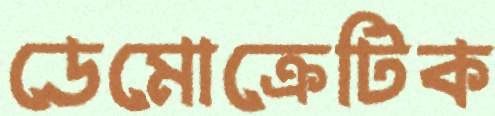
ডেমোক্রেটিক